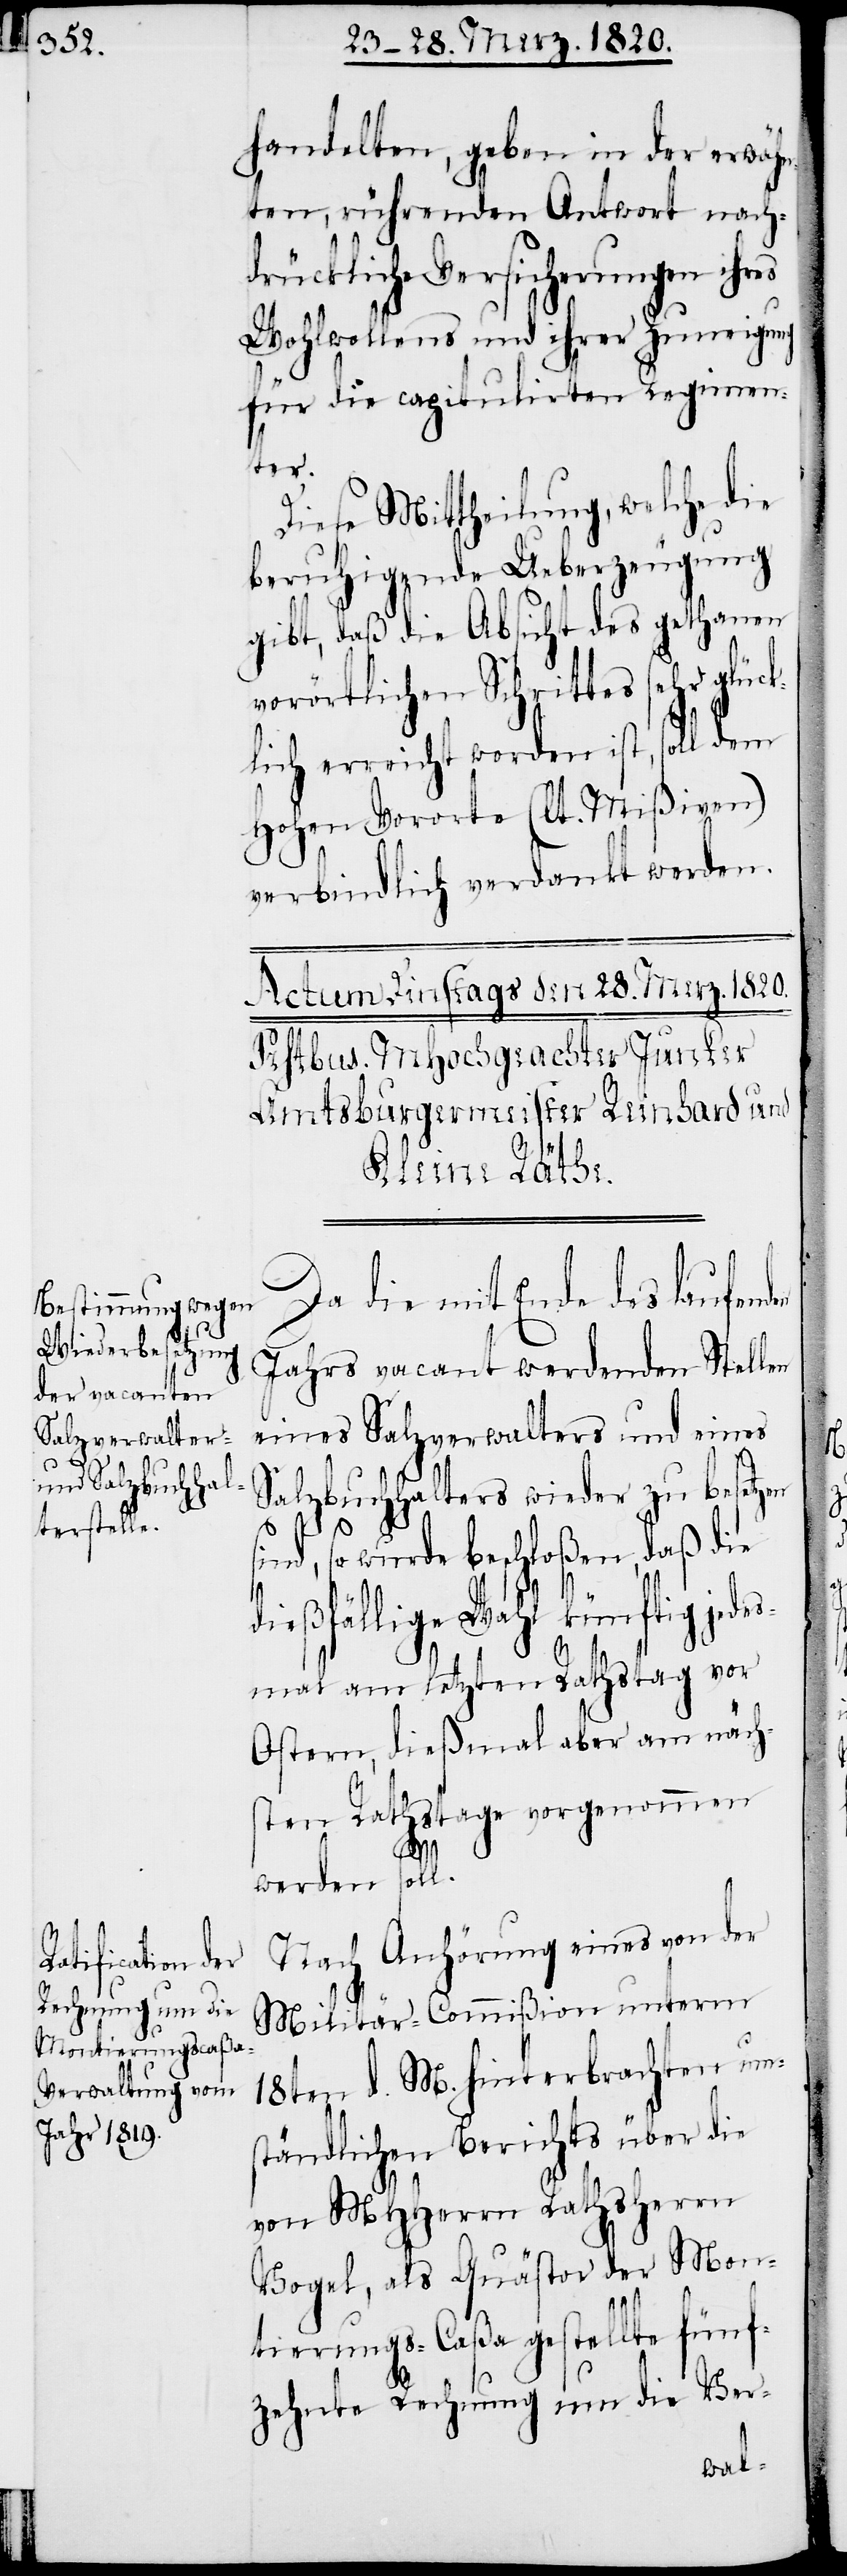
handelten, geben in der erwähn¬
ten, rührenden Antwort nach¬
drückliche Versicherungen ihres
Wohlwollens und ihrer Zuneigung
für die capitulirten Regimen¬
ter.
Diese Mittheilung, welche die
beruhigende Ueberzeugung
gibt, daß die Absicht des gethanen
vorörtlichen Schrittes sehr glück¬
lich erreicht worden ist, soll dem
Hohen Vororte (lt. Mißiven)
verbindlich verdankt werden.
Da die mit Ende des laufend¬
Jahres vacant werdenden Stellen
eines Salzverwalters und eines
Salzbuchhalters wieder zu besetzen
sind, so wurde beschloßen, daß die
dießfällige Wahl künftig jedes¬
mal am letzten Rathstag vor
Ostern, dießmal aber am näch¬
sten Rathstage vorgenommen
en
werden soll.
Nach Anhörung eines von der
Militär-Commißion unterm
18ten d. M. hinterbrachten um¬
ständlichen Berichts über die
von MHHerrn Rathsherrn
Vogel, als Quästor der Mon¬
tierungs-Caßa gestellte fünf¬
zehnte Rechnung um die Ver-